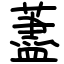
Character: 藎